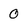
Character: 0